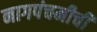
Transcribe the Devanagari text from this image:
नागपंचमीची